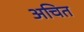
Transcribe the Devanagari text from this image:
अचित